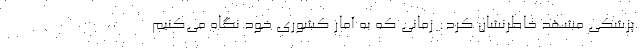
پزشکی مشهد خاطرنشان کرد: زمانی که به آمار کشوری خود نگاه می‌کنیم